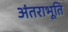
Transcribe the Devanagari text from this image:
अंतराभूति